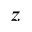
z